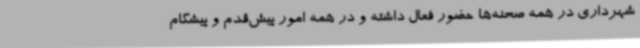
شهرداری در همه صحنه‌ها حضور فعال داشته و در همه امور پیش‌قدم و پیشگام